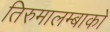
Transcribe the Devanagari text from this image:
तिरुमालम्बाको